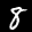
Label: 8